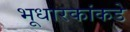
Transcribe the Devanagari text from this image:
भूधारकांकडे